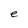
Character: e